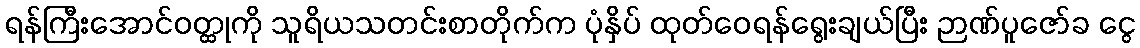
ရန်ကြီးအောင်ဝတ္ထုကို သူရိယသတင်းစာတိုက်က ပုံနှိပ် ထုတ်ဝေရန်ရွေးချယ်ပြီး ဉာဏ်ပူဇော်ခ ငွေ